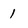
Character: 1